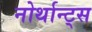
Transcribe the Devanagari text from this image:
नोर्थान्ट्स